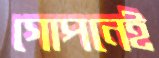
গোপনেই